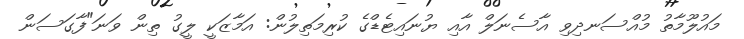
މައުލޫމާތު މުއްސަނދިވި އާސެނަލް އާއި ޔުނައިޓެޑްގެ ކުރިމަތިލުން: އަމާޒަކީ ލީގު ތިން ވަނަ"ފާގަސަން